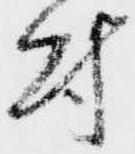
付